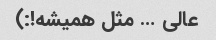
عالی … مثل همیشه!:)